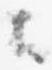
云